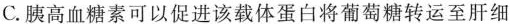
C.胰高血糖素可以促进该载体蛋白将葡萄糖转运至肝细